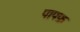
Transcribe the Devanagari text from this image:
पापफ़